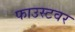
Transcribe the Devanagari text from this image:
फाउस्टवर